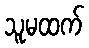
သူမထက်